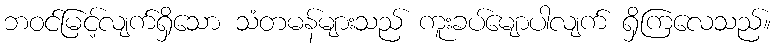
ဘဝင်မြင့်လျက်ရှိသော သံတမန်များသည် ကူးခပ်မျောပါလျက် ရှိကြလေသည်။